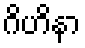
ဂိဟိနာ